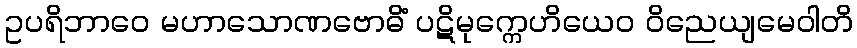
ဥပရိဘာဝေ မဟာသောဏဗောဓိံ ပဋိမုက္ကေဟိယေဝ ဝိညေယျမေဝါတိ